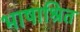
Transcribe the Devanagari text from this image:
भाषाश्रित